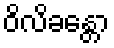
ဝိလိခန္တော